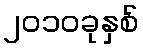
၂၀၁၀ခုနှစ်